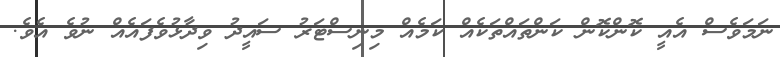
ނަމަވެސް އެއީ ކޮންކޮން ކަންތައްތަކެއް ކަމެއް މިނިސްޓަރު ސައީދު ވިދާޅުވެފައެއް ނުވެ އެވެ.